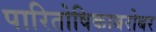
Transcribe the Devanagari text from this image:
पारितोषिकाबरोबर